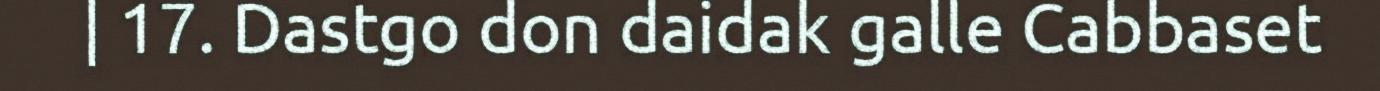
| 17. Dastgo don daidak galle Cabbaset